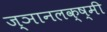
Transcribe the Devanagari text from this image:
ज्ञानलक्ष्मी